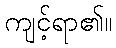
ကျင့်ရာ၏။